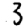
Digit: 3